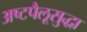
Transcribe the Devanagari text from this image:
अष्टपैलूसुद्धा